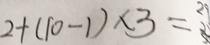
2 + ( 1 0 - 1 ) \times 3 = 2 9